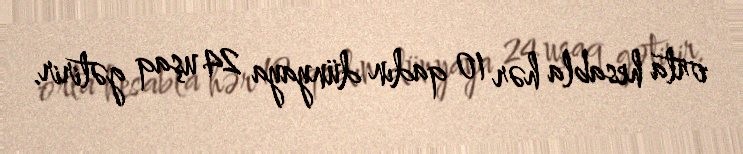
orta hesabla hər 10 qadın dünyaya 24 uşaq gətirir.